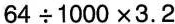
64÷1000×3.2